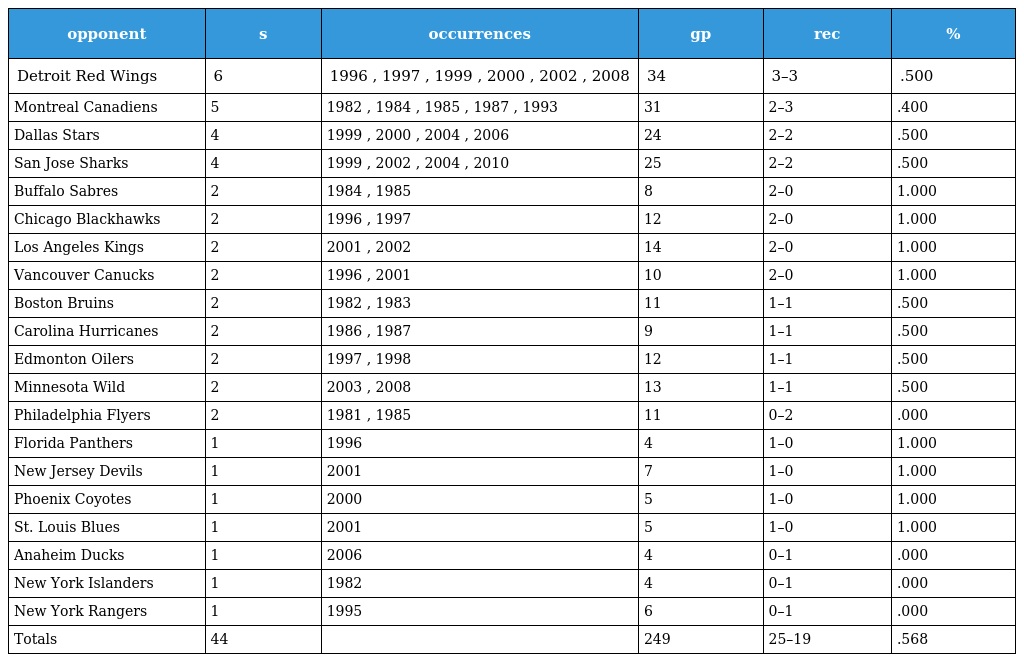
| opponent | s | occurrences | gp | rec | % |
 | --- | --- | --- | --- | --- | --- |
 | Detroit Red Wings | 6 | 1996 , 1997 , 1999 , 2000 , 2002 , 2008 | 34 | 3–3 | .500 |
 | Montreal Canadiens | 5 | 1982 , 1984 , 1985 , 1987 , 1993 | 31 | 2–3 | .400 |
 | Dallas Stars | 4 | 1999 , 2000 , 2004 , 2006 | 24 | 2–2 | .500 |
 | San Jose Sharks | 4 | 1999 , 2002 , 2004 , 2010 | 25 | 2–2 | .500 |
 | Buffalo Sabres | 2 | 1984 , 1985 | 8 | 2–0 | 1.000 |
 | Chicago Blackhawks | 2 | 1996 , 1997 | 12 | 2–0 | 1.000 |
 | Los Angeles Kings | 2 | 2001 , 2002 | 14 | 2–0 | 1.000 |
 | Vancouver Canucks | 2 | 1996 , 2001 | 10 | 2–0 | 1.000 |
 | Boston Bruins | 2 | 1982 , 1983 | 11 | 1–1 | .500 |
 | Carolina Hurricanes | 2 | 1986 , 1987 | 9 | 1–1 | .500 |
 | Edmonton Oilers | 2 | 1997 , 1998 | 12 | 1–1 | .500 |
 | Minnesota Wild | 2 | 2003 , 2008 | 13 | 1–1 | .500 |
 | Philadelphia Flyers | 2 | 1981 , 1985 | 11 | 0–2 | .000 |
 | Florida Panthers | 1 | 1996 | 4 | 1–0 | 1.000 |
 | New Jersey Devils | 1 | 2001 | 7 | 1–0 | 1.000 |
 | Phoenix Coyotes | 1 | 2000 | 5 | 1–0 | 1.000 |
 | St. Louis Blues | 1 | 2001 | 5 | 1–0 | 1.000 |
 | Anaheim Ducks | 1 | 2006 | 4 | 0–1 | .000 |
 | New York Islanders | 1 | 1982 | 4 | 0–1 | .000 |
 | New York Rangers | 1 | 1995 | 6 | 0–1 | .000 |
 | Totals | 44 |  | 249 | 25–19 | .568 |